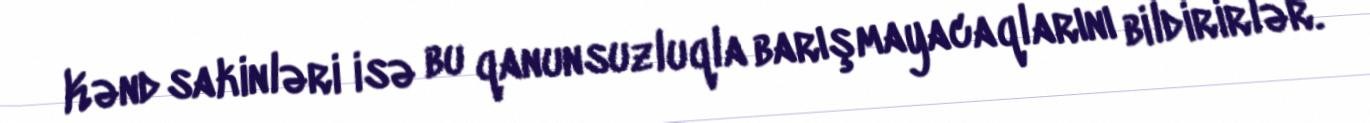
Kənd sakinləri isə bu qanunsuzluqla barışmayacaqlarını bildirirlər.